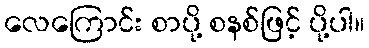
လေကြောင်း စာပို့ စနစ်ဖြင့် ပို့ပါ။